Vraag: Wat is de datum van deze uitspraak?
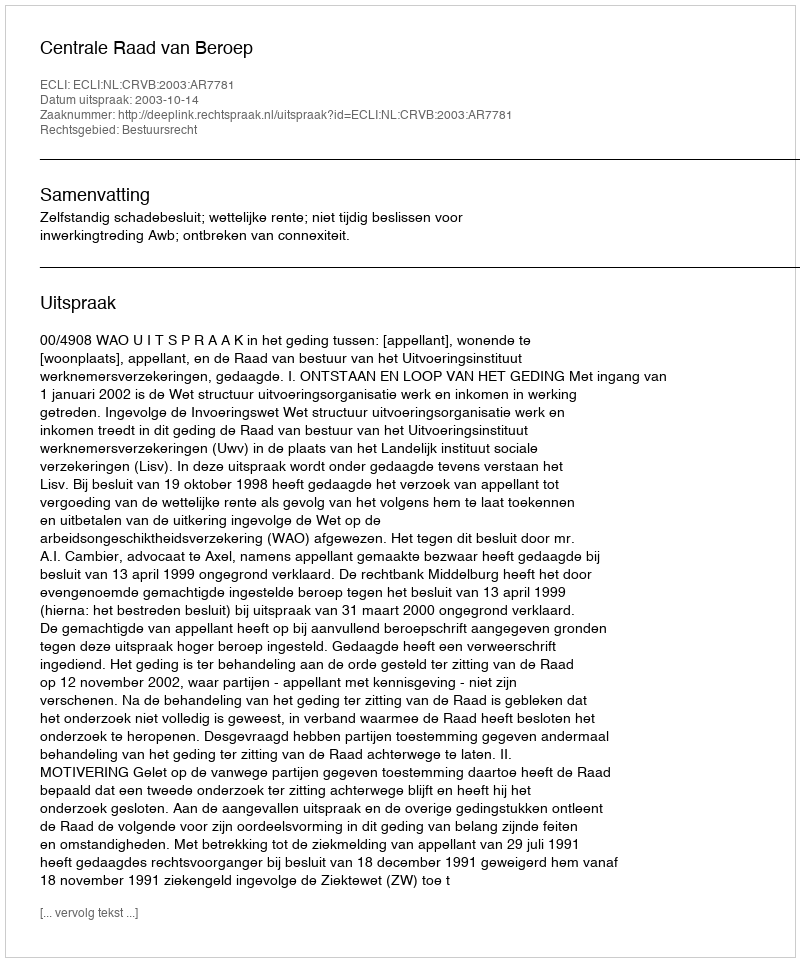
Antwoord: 2003-10-14